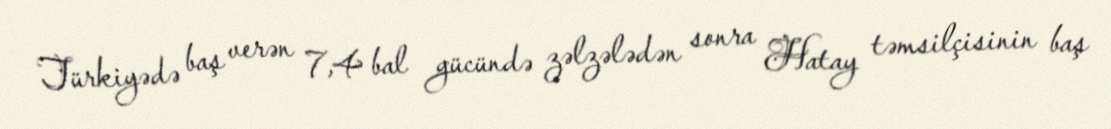
Türkiyədə baş verən 7,4 bal gücündə zəlzələdən sonra Hatay təmsilçisinin baş